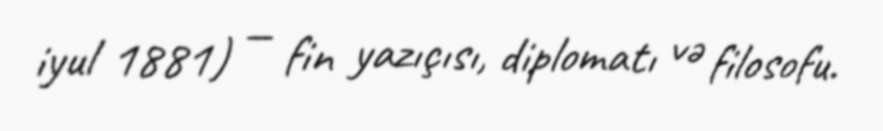
iyul 1881) — fin yazıçısı, diplomatı və filosofu.